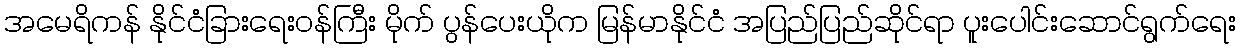
အမေရိကန် နိုင်ငံခြားရေးဝန်ကြီး မိုက် ပွန်ပေးယိုက မြန်မာနိုင်ငံ အပြည်ပြည်ဆိုင်ရာ ပူးပေါင်းဆောင်ရွက်ရေး